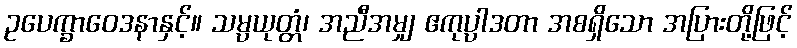
ဥပေက္ခာဝေဒနာနှင့်။ သမ္ပယုတ္တံ၊ အညီအမျှ ဧကုပ္ပါဒတာ အစရှိသော အပြားတို့ဖြင့်